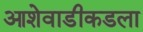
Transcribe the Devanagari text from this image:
आशेवाडीकडला